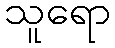
သူရော